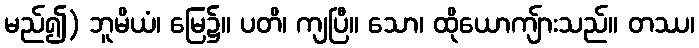
မည်၍) ဘူမိယံ၊ မြေ၌။ ပတိ၊ ကျပြီ။ သော၊ ထိုယောကျ်ားသည်။ တဿ၊